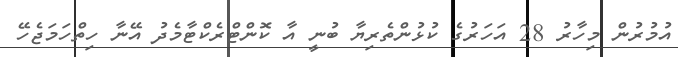
އުމުރުން މިހާރު 28 އަހަރުގެ ކުޅުންތެރިޔާ ބުނީ އާ ކޮންޓްރެކްޓާމެދު އޭނާ ހިތްހަމަޖެހޭ